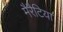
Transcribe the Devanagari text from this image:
मैरैटिया